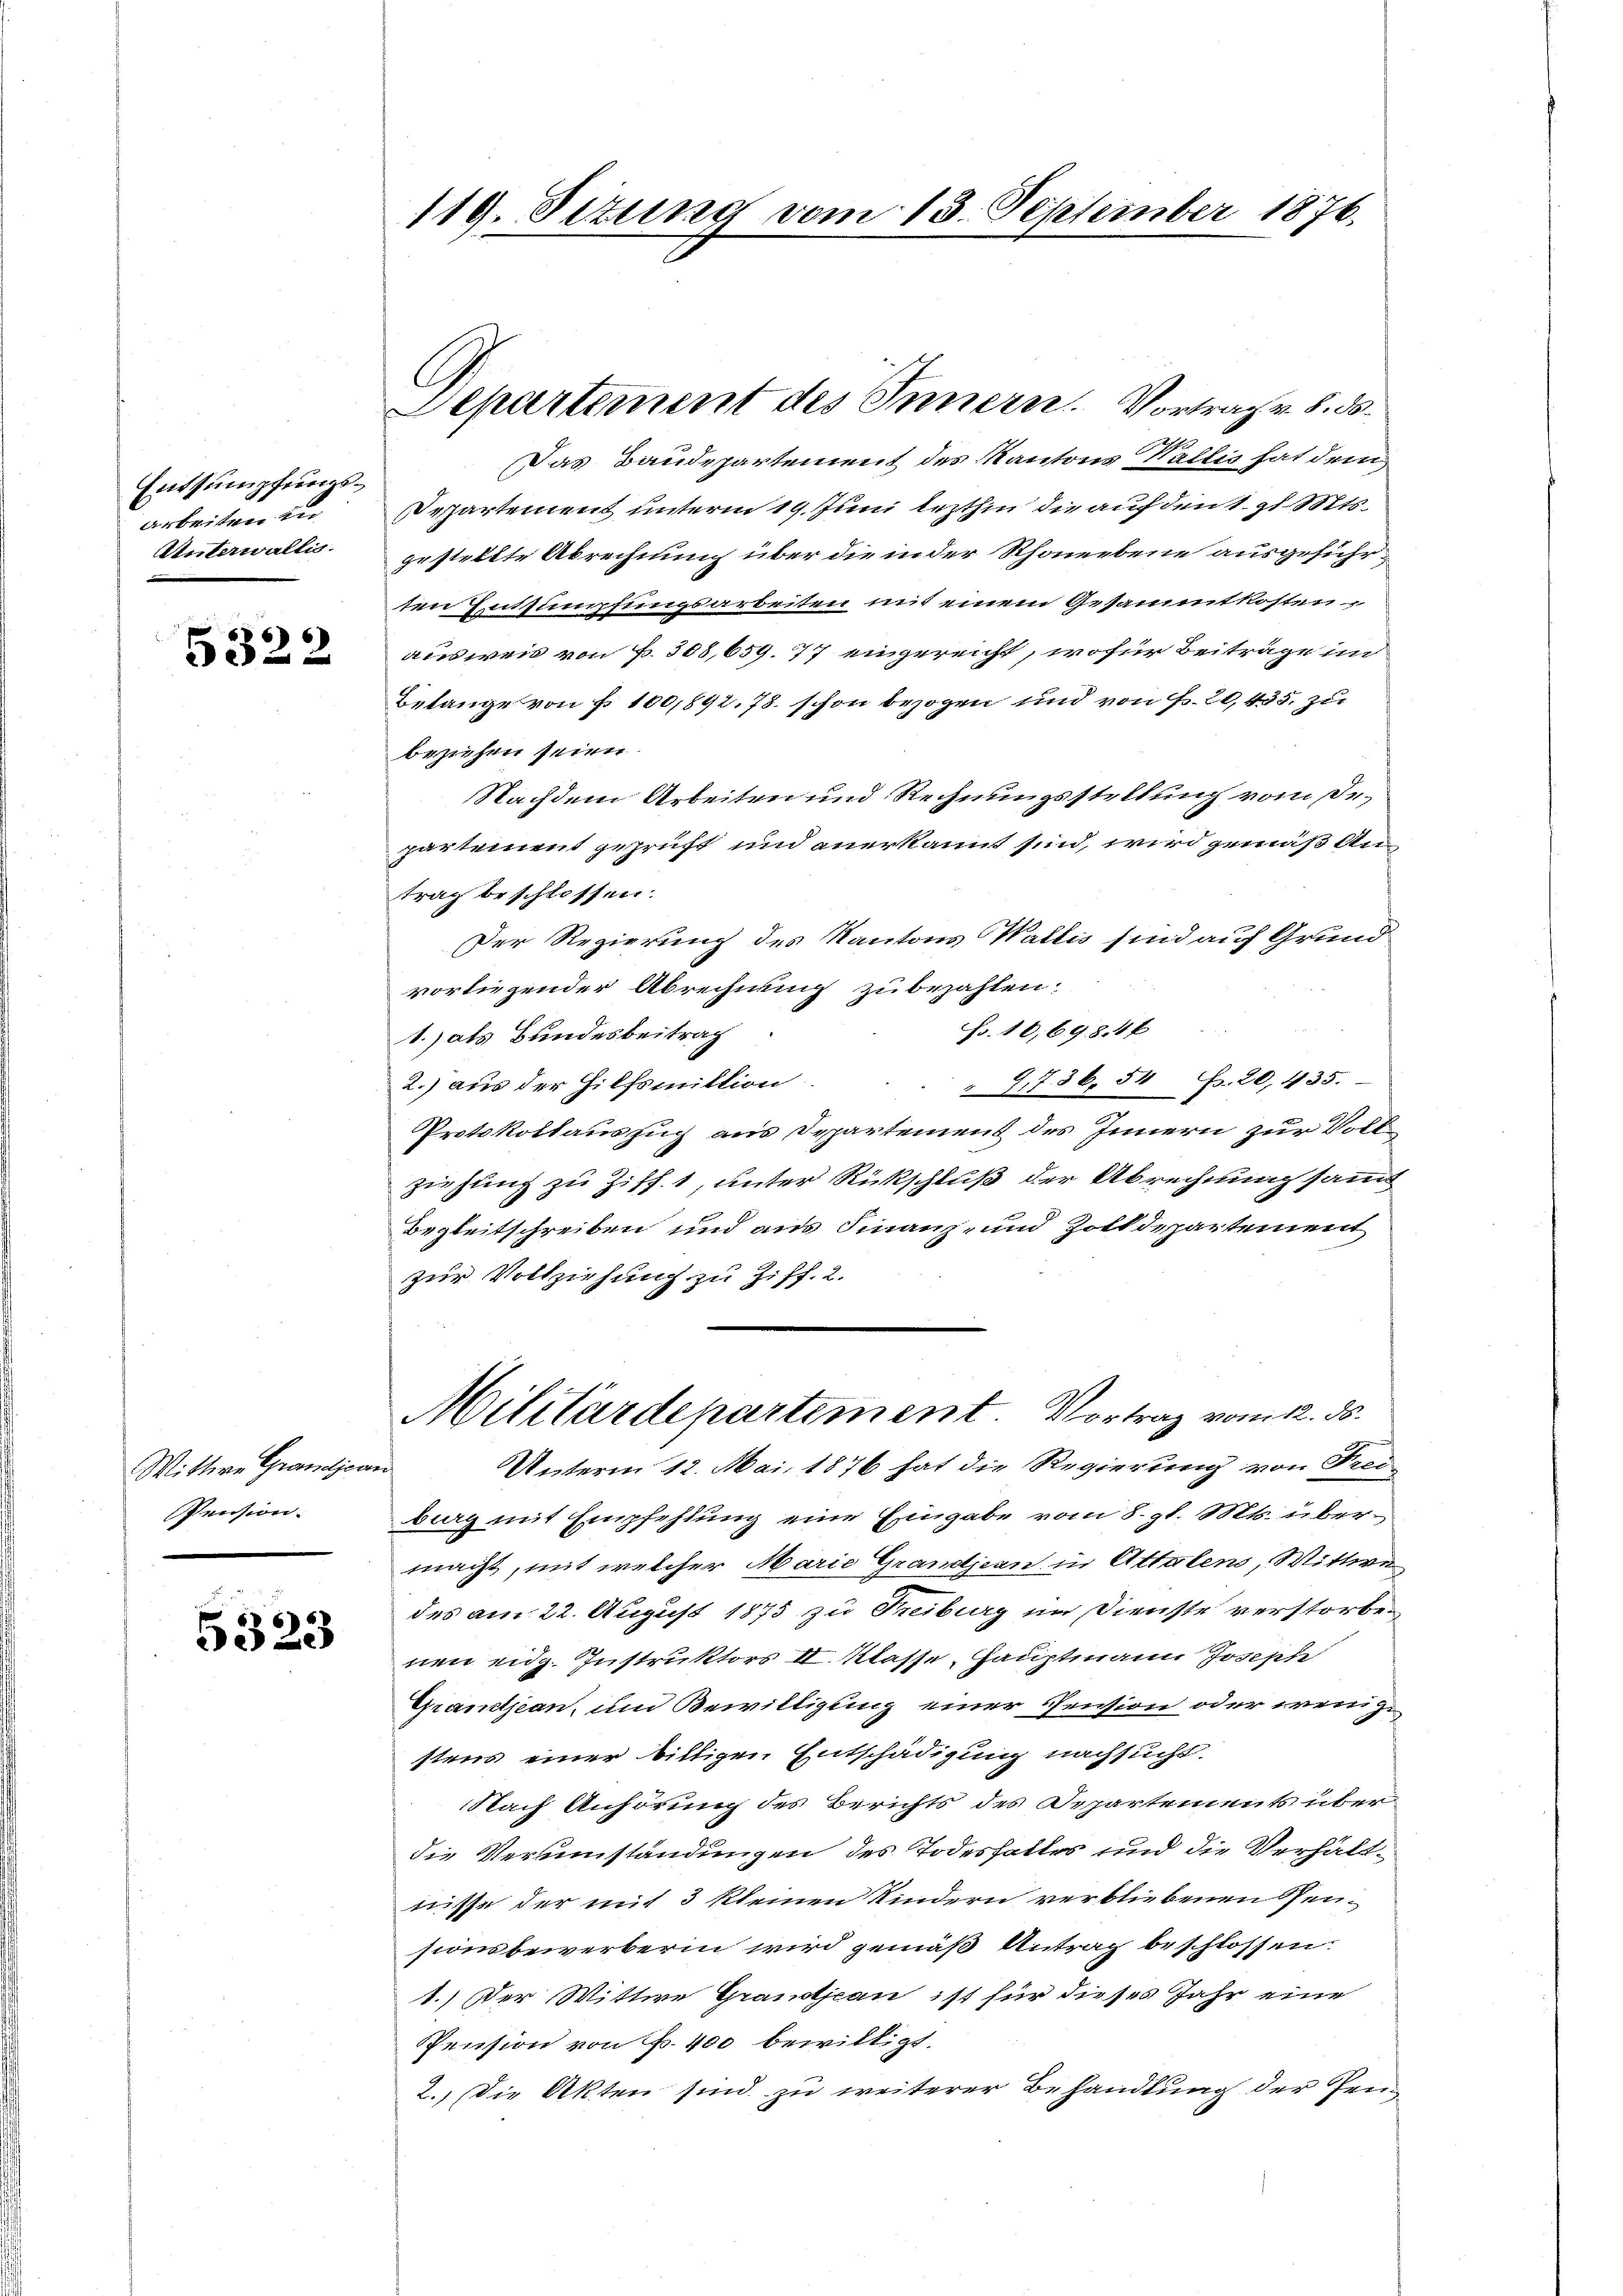
Entsumpfungsarbeiten zu
Unterwaltig.

86)
e

Wittwe Grandjea
Pension.

5323

119. Situng vom 13. September 1876.

Departement des Innern. Vortrage 5. ds.

Das Baudepartement des Kantons Wallis hat dem
Departement unterm 19. Juni lezthin die auf den 1. gl. Mts.
gestellte Abrechnung über die in der Rhonebene ausgeführten Entsumpfungsarbeiten mit einem Gesammtkosten
ausweis von § 308,659. 77 angereicht, wofür Beiträge in
Belange von fr. 100,892. 78. schon bezogen sind von Fr. 20, 435. zu
beziehen seien.
Nachdem Arbeiten und Rechnungsstellung vom de
partement geprüft und anerkannt sind, wird gemäß Antrag beschlossen.
Der Regierung des Kantons Wallis sind auf Grund
vorliegender Abrechnung zubezahlen.
Fr. 16,698. 4
1.) als Bundesbeitrag
 9. 736. 50 Fr. 20, 435.
2.) aus der Hilfsmittion.
Protokollauszug aus Departement des Innern zur Voll
ziehung zu Ziff. 1, unter Rückschluß der Abrechnung sammt
Begleitschreiben und aus Finanz- und Zolldepartement
zur Vollziehung zu Ziff. 2.
Militärdepartement. Vortrag vom 12. ds.
x
Unterm 12. Mai 1876 hat die Regierung von Freibieg mit Empfehlung eine Eingabe vom 8. gl. Mts. übermacht, mit welcher Marie Grandjean in Attalens, Wittwe
des am 22. August 1875 zu Treiburg im Dienste verstorbenen eidg. Instruktors II. Klasse, Hauptmann Josepte
Grandjean, und Bewilligung einer Pension oder wenigstens einer billigen Entschädigung nachsucht.
Nach Anhörung des Berichts des Departements über
die Verumständungen des Todesfalles und die Verhältnisse der mit 3 kleinen Kindern verbliebenen Pen-
sionsbewerberin wird gemäß Antrag beschlossen:
1.) Der Wittwe Grandjean ist für dieses Jahr eine
Pension von Fr. 400 bewilligt.
2.) Die Akten sind zu weiterer Behandlung der Zen¬